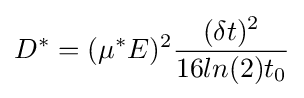
D^{*}=(\mu ^{*}E)^{2}{\frac {(\delta t)^{2}}{16ln(2)t_{0}}}